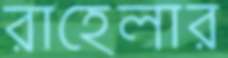
রাহেলার